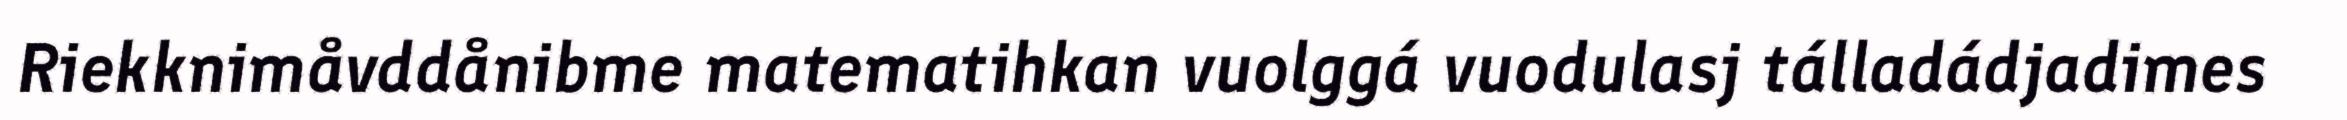
Riekknimåvddånibme matematihkan vuolggá vuodulasj tálladádjadimes